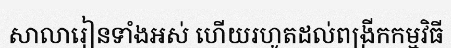
សាលារៀនទាំងអស់ ហើយរហូតដល់ពង្រីកកម្មវិធី